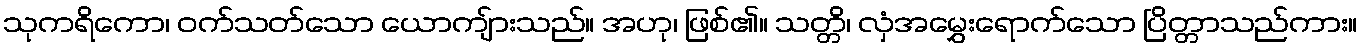
သုကရိကော၊ ဝက်သတ်သော ယောကျ်ားသည်။ အဟု၊ ဖြစ်၏။ သတ္တိ၊ လှံအမွှေးရောက်သော ပြိတ္တာသည်ကား။